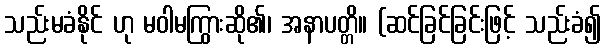
သည်းမခံနိုင် ဟု မဝါမကြွားဆို၏၊ အနာပတ္တိ။ (ဆင်ခြင်ခြင်းဖြင့် သည်းခံ၍